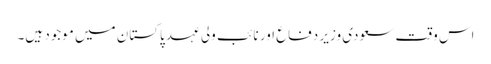
اس وقت سعودی وزیر دفاع اور نائب ولی عہد پاکستان میں موجود ہیں۔